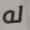
له